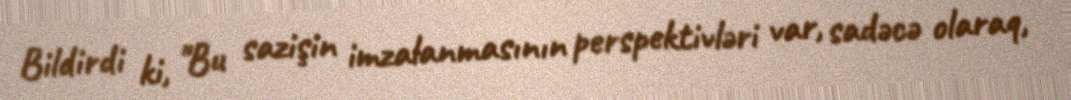
Bildirdi ki, "Bu sazişin imzalanmasının perspektivləri var, sadəcə olaraq,